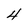
Character: 4